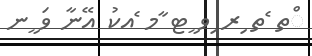
ްތ ެތ ިރ ިވ ީޓ ާމ ެއކު އޭނާ ވަ ީނ